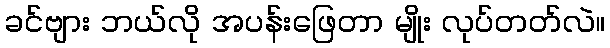
ခင်ဗျား ဘယ်လို အပန်းဖြေတာ မျိုး လုပ်တတ်လဲ။